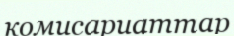
комисариаттар